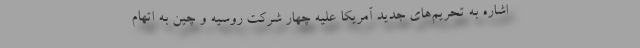
اشاره به تحریم‌های جدید آمریکا علیه چهار شرکت روسیه و چین به اتهام